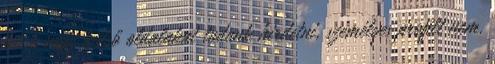
belső vagy külső oldalakat tudunk hirdetni, személyes proﬁlt nem.